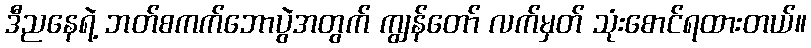
ဒီညနေရဲ့ ဘတ်စကက်ဘောပွဲအတွက် ကျွန်တော် လက်မှတ် သုံးစောင်ရထားတယ်။